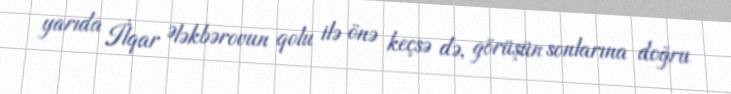
yarıda İlqar Ələkbərovun qolu ilə önə keçsə də, görüşün sonlarına doğru